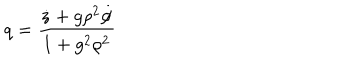
q = \frac { \dot { z } + g \rho ^ { 2 } \dot { \phi } } { 1 + g ^ { 2 } \rho ^ { 2 } }